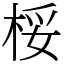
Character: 桵